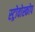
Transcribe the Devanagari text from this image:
स्ट्रोवोस्कोप